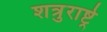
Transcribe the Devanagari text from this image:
शत्रुराष्ट्रे